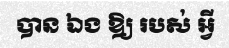
បាន ឯង ឱ្យ របស់ អ្វី